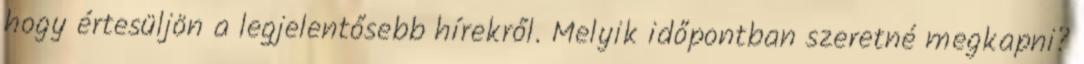
hogy értesüljön a legjelentősebb hírekről. Melyik időpontban szeretné megkapni?